Indian journal of veterinary science and animal husbandry - Volume 4,
Year: 1934
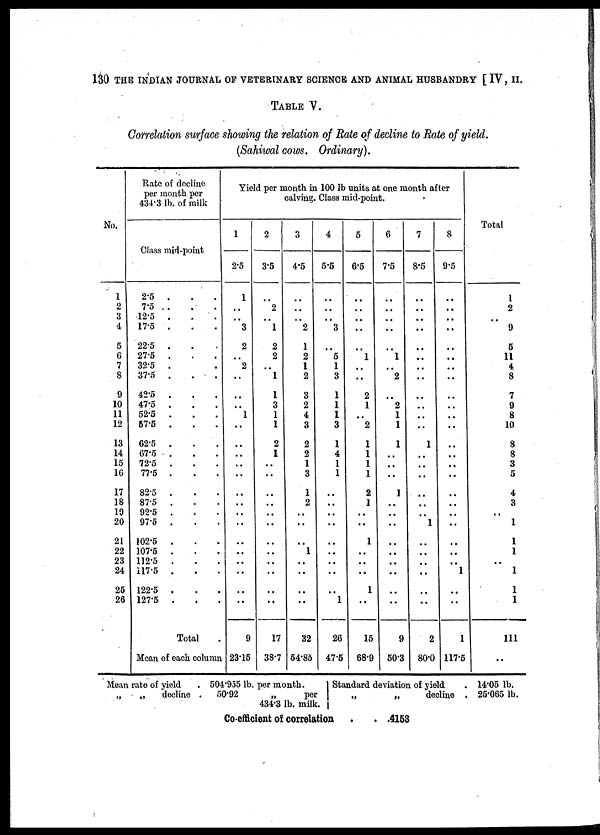
130 THE INDIAN JOURNAL OF VETERINARY SCIENCE AND ANIMAL HUSBANDRY [ IV, II.
TABLE V.
Correlation surface showing the relation of Rate of decline to Rate of yield.
(Sahiwal cows. Ordinary).
No.
1
2
3
4
5
6
7
8
9
10
11
12
13
14
15
16
17
18
19
20
21
22
23
24
25
26
Rate of decline
per month per
434.3 lb. of milk
Class mid-point
2.5 . . .
7.5 . . .
12.5 . . .
17.5 . . .
22.5 . . .
27.5 . . .
32.5 . . .
37.5 . . .
42.5 . . .
47.5 . . .
52.5 . . .
57.5 . . .
62.5 . . .
67.5 . . .
72.5 . . .
77.5 . . .
82.5 . . .
87.5 . . .
92.5 . . .
97.5 . . .
102.5 . . .
107.5 . . .
112.5 . . .
117.5 . . .
122.5 . . .
127.5 . . .
Total .
Mean of each, column
Yield per month in 100 lb units at one month after
calving. Class mid-point.
1
2.5
1
..
.. 3
2
.. 2
..
..
1 ..
..
..
..
..
..
..
..
..
..
..
...
..
...
..
..
9
23.15
2
3.5
.. 2
.. 1
2
2
.. 1
1
3
1
1
2
1
..
..
..
..
..
..
..
..
..
..
..
..
17
38.7
3
4.5
..
..
.. 2
1
2
1
2
3
2
4
3
2
2
1
3
1
2
..
..
.. 1
..
..
..
..
32
54.85
4
5.5
..
..
3 ..
.. 5
1
3
1
1
1
3
1
4
1
1
..
..
..
..
..
..
..
..
.. 1
26
47.5
5
6.5
..
..
..
..
1
..
..
..
2
1
.. 2
1
1
1
1
2
1
..
..
1
..
..
..
1
..
15
68.9
6
7.5
..
..
..
..
.. 1
..
2
.. 2
1
1
1
..
..
..
1
..
..
..
..
..
..
..
..
..
9
50.3
7
8.5
..
..
..
..
..
..
..
..
..
..
..
..
1
..
..
..
..
..
.. 1
..
..
..
..
..
..
2
80.0
8
9.5
..
..
..
..
..
..
..
..
..
..
..
..
..
..
..
..
..
..
..
..
..
..
.. 1
..
..
1
117.5
Total
1
2
..
9
5
11
4
8
7
9
8
10
8
8
3
5
4
3
..
1
1
1
..
1
1
1
111
..
Mean rate of yield
„
„
decline ,
504.955 lb. per month.
50.92
„
per
434.3 lb. milk.
Co-efficient of correlation
Standard deviation of yield
„
„
decline
. .4153
. 14.05 lb.
. 25.065 lb.